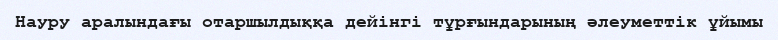
Науру аралындағы отаршылдыққа дейінгі тұрғындарының әлеуметтік ұйымы